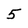
Character: 5